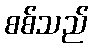
စစ်သည်